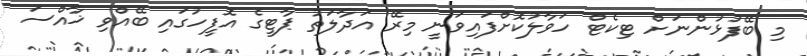
މި ބޭފުޅުންނަށް ޓިކެޓް ހަވާލުކޮށްފައިވަނީ މިރޭ އަދާލަތު ޕާޓީގެ އޮފީހުގައި ބޭއްވި ޚާއްސަ